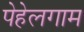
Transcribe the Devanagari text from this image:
पेहेलगाम